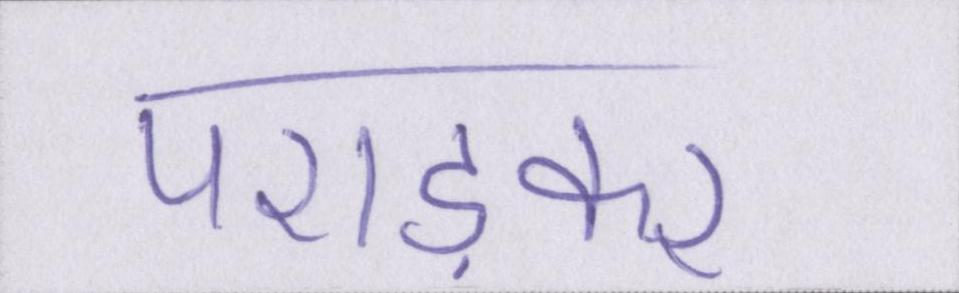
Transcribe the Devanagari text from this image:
पराड़कर